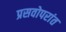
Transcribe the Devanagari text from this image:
प्रसवोपरांत